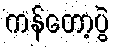
ကန်တော့ပွဲ